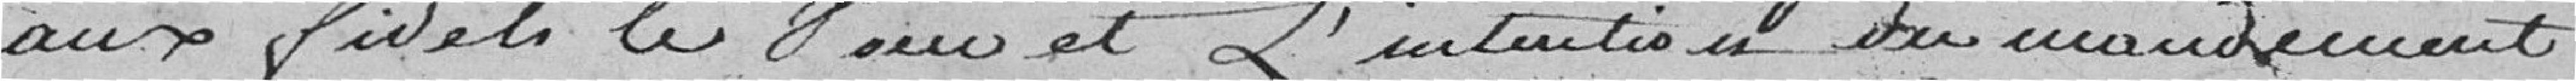
aux fidèles le voeu et l'instruction du mandement